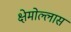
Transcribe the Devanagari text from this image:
क्षेमोल्लास